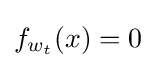
{\textstyle f_{w_{t}}(x)=0}